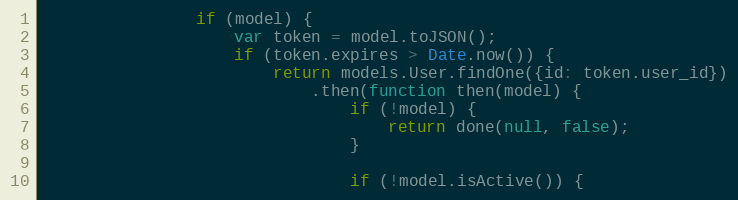
Language: JavaScript
                if (model) {
                    var token = model.toJSON();
                    if (token.expires > Date.now()) {
                        return models.User.findOne({id: token.user_id})
                            .then(function then(model) {
                                if (!model) {
                                    return done(null, false);
                                }

                                if (!model.isActive()) {